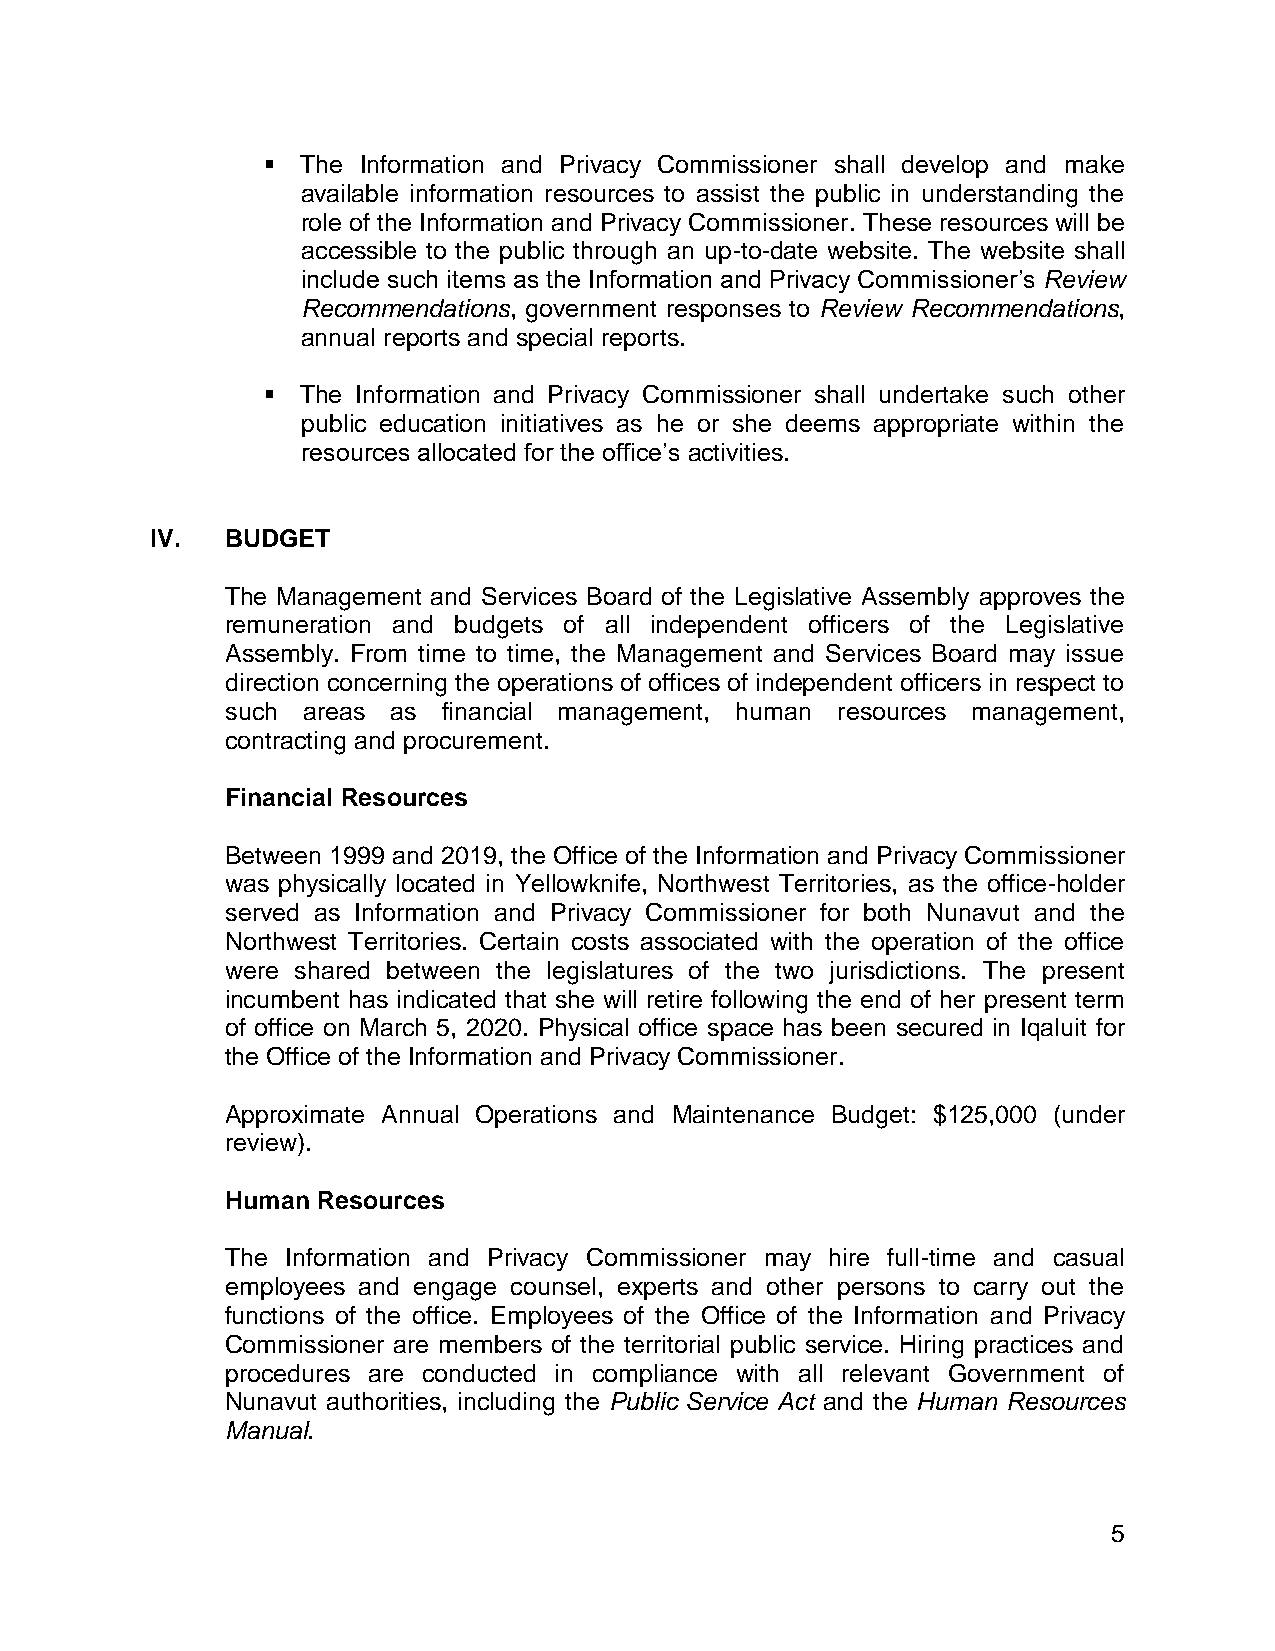
  The Information and Privacy Commissioner shall develop and make
 available information resources to assist the public in understanding the
 role of the Information and Privacy Commissioner. These resources will be
 accessible to the public through an up-to-date website. The website shall
 include such items as the Information and Privacy Commissioner’s Review
 Recommendations, government responses to Review Recommendations,
 annual reports and special reports.
   The Information and Privacy Commissioner shall undertake such other
 public education initiatives as he or she deems appropriate within the
 resources allocated for the office’s activities.
 IV.  BUDGET
 The Management and Services Board of the Legislative Assembly approves the
 remuneration and budgets of all independent officers of the Legislative
 Assembly. From time to time, the Management and Services Board may issue
 direction concerning the operations of offices of independent officers in respect to
 such areas as financial management, human resources management,
 contracting and procurement.
 Financial Resources
 Between 1999 and 2019, the Office of the Information and Privacy Commissioner
 was physically located in Yellowknife, Northwest Territories, as the office-holder
 served as Information and Privacy Commissioner for both Nunavut and the
 Northwest Territories. Certain costs associated with the operation of the office
 were shared between the legislatures of the two jurisdictions. The present
 incumbent has indicated that she will retire following the end of her present term
 of office on March 5, 2020. Physical office space has been secured in Iqaluit for
 the Office of the Information and Privacy Commissioner.
 Approximate Annual Operations and Maintenance Budget: $125,000 (under
 review).
 Human Resources
 The Information and Privacy Commissioner may hire full-time and casual
 employees and engage counsel, experts and other persons to carry out the
 functions of the office. Employees of the Office of the Information and Privacy
 Commissioner are members of the territorial public service. Hiring practices and
 procedures are conducted in compliance with all relevant Government of
 Nunavut authorities, including the Public Service Act and the Human Resources
 Manual.
 5